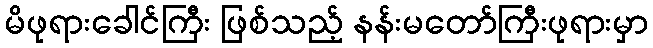
မိဖုရားခေါင်ကြီး ဖြစ်သည့် နန်းမတော်ကြီးဖုရားမှာ